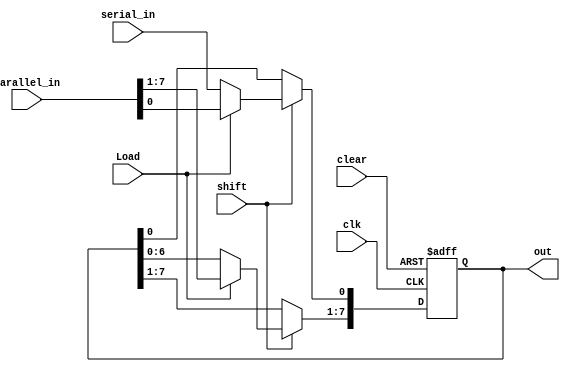
`timescale 1ns / 1ps

module shift_register(serial_in, parallel_in, clk, Load, clear, shift, out);

	input wire serial_in, Load, clear, shift, clk;
	input wire [7:0] parallel_in;
	output reg [7:0] out;
	
	always @(posedge clk, negedge clear) begin
		if(~clear)
			out <= 8'b0;
		else if(shift) begin
			if(Load) begin
				out <= parallel_in;
			end
			else begin
				out[7:1] <= out[6:0];
				out[0] <= serial_in;
			end
		end
	end

endmodule